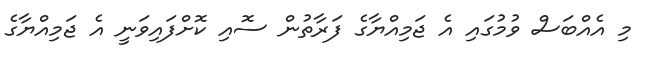
މި އެއްބަސް ވުމުގައި އެ ޖަމިއްޔާގެ ފަރާތުން ސޮއި ކޮށްފައިވަނީ އެ ޖަމިއްޔާގެ